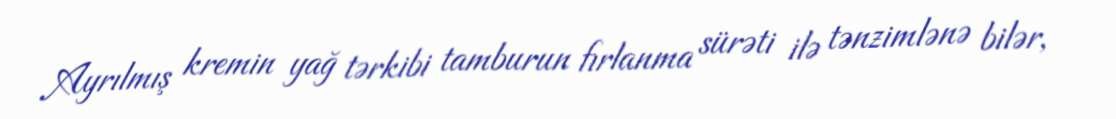
Ayrılmış kremin yağ tərkibi tamburun fırlanma sürəti ilə tənzimlənə bilər,